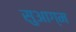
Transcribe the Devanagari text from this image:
सुआग्म